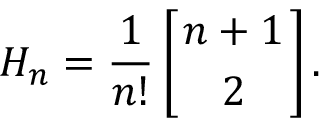
H _ { n } = { \frac { 1 } { n ! } } \left[ { n + 1 \atop 2 } \right] .